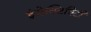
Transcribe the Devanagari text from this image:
इंजेक्टिविटी